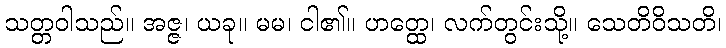
သတ္တဝါသည်။ အဇ္ဇ၊ ယခု။ မမ၊ ငါ၏။ ဟတ္ထေ၊ လက်တွင်းသို့။ သေတိဝိသတိ၊